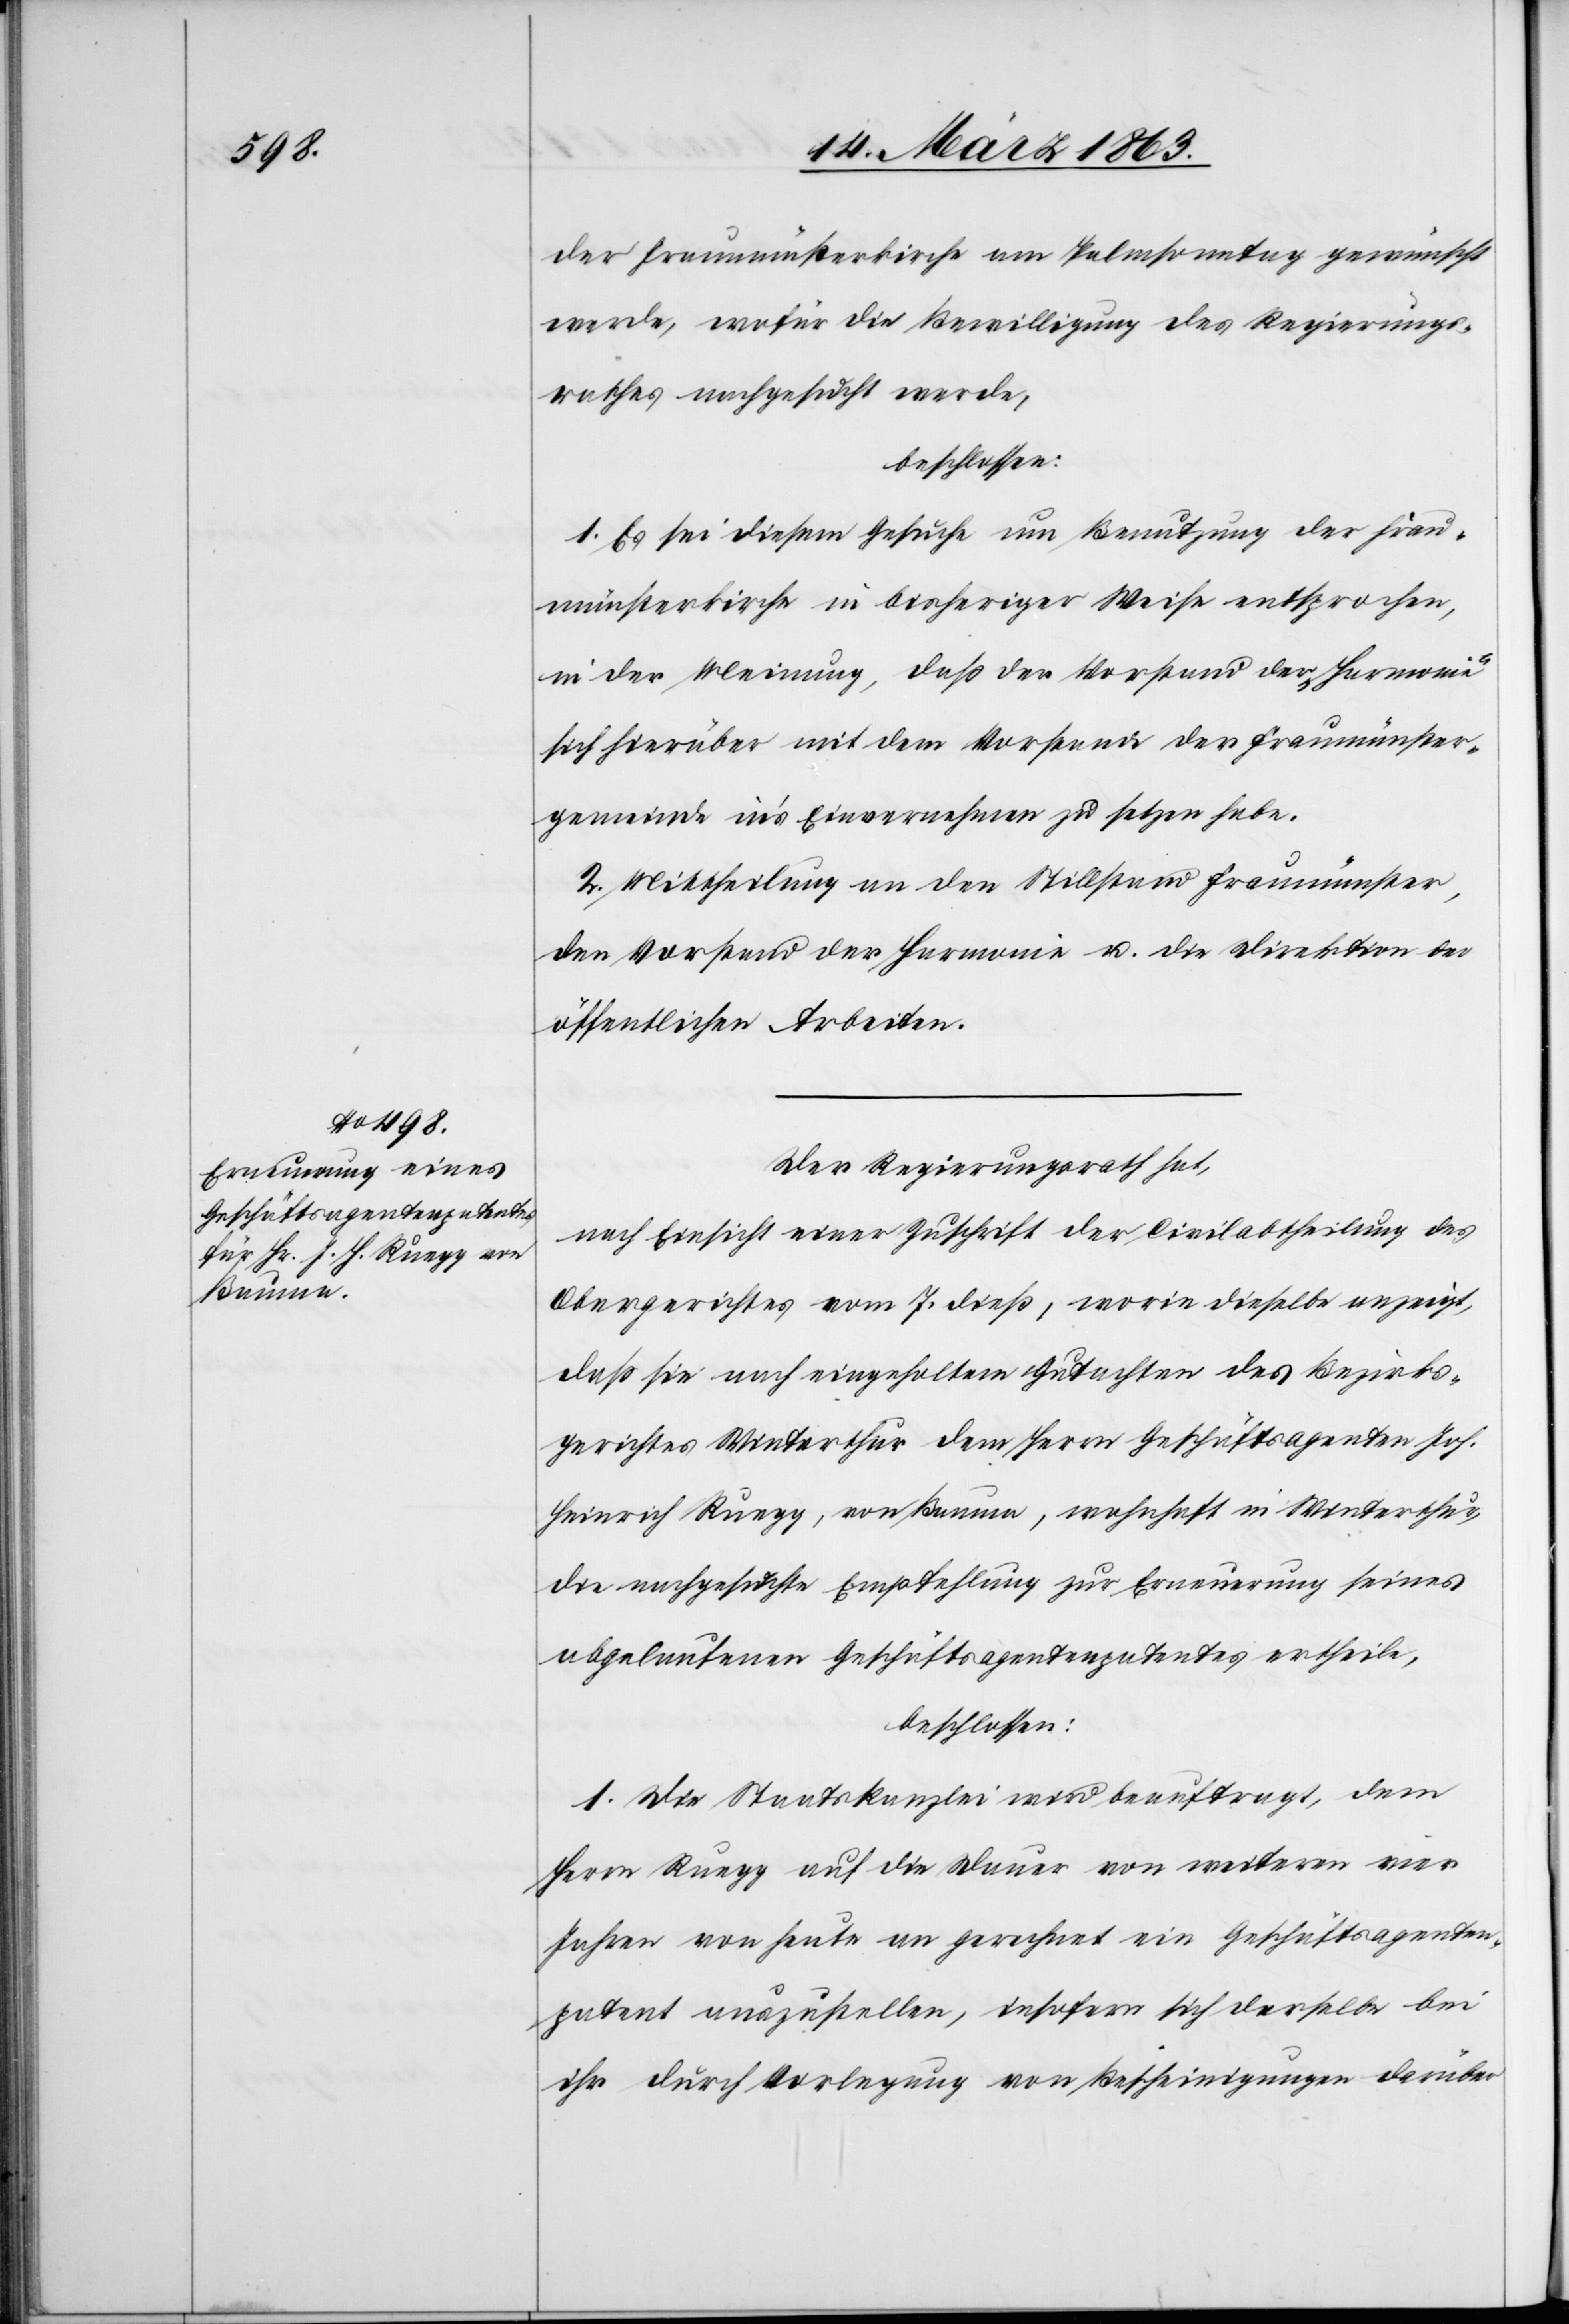
der Fraumünsterkirche am Palmsonntag gewünscht
werde, wofür die Bewilligung des Regierungs¬
rathes nachgesucht werde,
beschlossen:
1. Es sei diesem Gesuche um Benutzung der Frau¬
münsterkirche in bisheriger Weise entsprochen,
in der Meinung, daß der Vorstand der „Harmonie“
sich hierüber mit dem Vorstande der Fraumünster¬
gemeinde in's Einvernehmen zu setzen habe.
2. Mittheilung an den Stillstand Fraumünster,
den Vorstand der Harmonie u. die Direktion der
öffentlichen Arbeiten.
Der Regierungsrath hat,
nach Einsicht einer Zuschrift der Civilabtheilung des
Obergerichtes vom 7. dieß, worin dieselbe anzeigt,
daß sie nach eingeholtem Gutachten des Bezirks¬
gerichtes Winterthur dem Herrn Geschäftsagenten Joh.
Heinrich Ruegg, von Bauma, wohnhaft in Winterthur,
die nachgesuchte Empfehlung der Erneuerung seines
abgelaufenen Geschäftsagentenpatentes ertheile,
beschlossen:
1. Die Staatskanzlei wird beauftragt, dem
Herrn Ruegg auf die Dauer von weiteren vier
Jahren von heute an gerechnet ein Geschäftsagenten¬
patent auszustellen, insofern sich derselbe bei
ihr durch Vorlegung von Bescheinigungen darüber